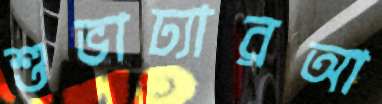
শুভাঢ্যারআ